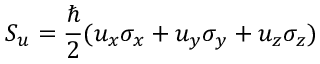
S _ { u } = { \frac { \hbar } { 2 } } ( u _ { x } \sigma _ { x } + u _ { y } \sigma _ { y } + u _ { z } \sigma _ { z } )